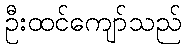
ဦးထင်ကျော်သည်